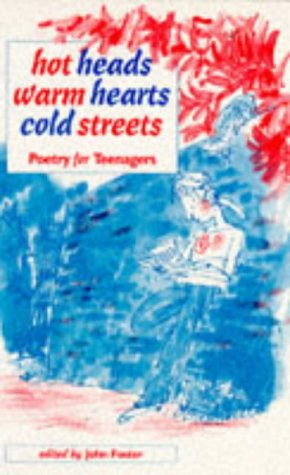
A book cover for Hot Heads, Warm Hearts, Cold Streets: Poetry for Teenagers; Teen & Young Adult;